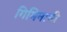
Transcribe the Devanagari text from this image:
गिमिनानी